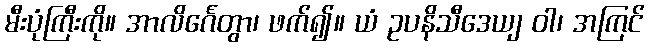
မီးပုံကြီးကို။ အာလိင်္ဂေတွာ၊ ဖက်၍။ ယံ ဥပနိသီဒေယျ ဝါ၊ အကြင်